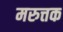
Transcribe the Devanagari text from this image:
मरुत्तक